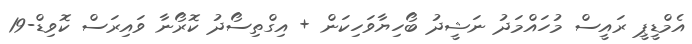
އެމްޑީޕީ ރައީސް މުހައްމަދު ނަޝީދު ބޯހިޔާވަހިކަން + އިގްތިސޯދު ކޮރޯނާ ވައިރަސް ކޮވިޑް-19